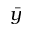
\bar { y }